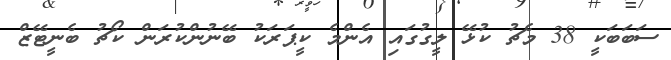
ސަބަބަކީ 38 މެޗު ކުޅޭ ލީގުގައި އެންމެ ކީޕަރަކު ބޭނުންކުރަން ކޯޗު ބެނީޓޭޒް